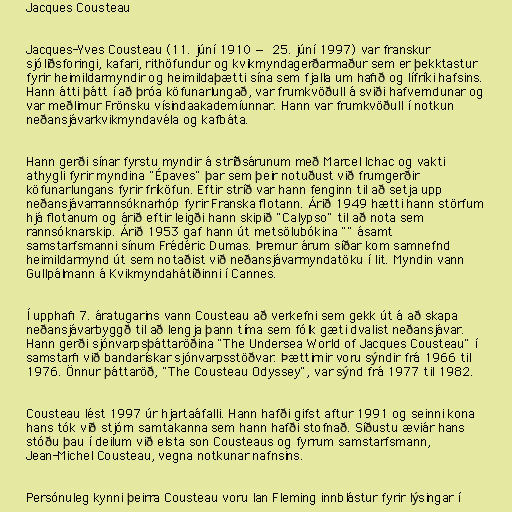
Jacques Cousteau

Jacques-Yves Cousteau (11. júní 1910 — 25. júní 1997) var franskur
sjóliðsforingi, kafari, rithöfundur og kvikmyndagerðarmaður sem er þekktastur
fyrir heimildarmyndir og heimildaþætti sína sem fjalla um hafið og lífríki hafsins.
Hann átti þátt í að þróa köfunarlungað, var frumkvöðull á sviði hafverndunar og
var meðlimur Frönsku vísindaakademíunnar. Hann var frumkvöðull í notkun
neðansjávarkvikmyndavéla og kafbáta.

Hann gerði sínar fyrstu myndir á stríðsárunum með Marcel Ichac og vakti
athygli fyrir myndina "Épaves" þar sem þeir notuðust við frumgerðir
köfunarlungans fyrir fríköfun. Eftir stríð var hann fenginn til að setja upp
neðansjávarrannsóknarhóp fyrir Franska flotann. Árið 1949 hætti hann störfum
hjá flotanum og árið eftir leigði hann skipið "Calypso" til að nota sem
rannsóknarskip. Árið 1953 gaf hann út metsölubókina "" ásamt
samstarfsmanni sínum Frédéric Dumas. Þremur árum síðar kom samnefnd
heimildarmynd út sem notaðist við neðansjávarmyndatöku í lit. Myndin vann
Gullpálmann á Kvikmyndahátíðinni í Cannes.

Í upphafi 7. áratugarins vann Cousteau að verkefni sem gekk út á að skapa
neðansjávarbyggð til að lengja þann tíma sem fólk gæti dvalist neðansjávar.
Hann gerði sjónvarpsþáttaröðina "The Undersea World of Jacques Cousteau" í
samstarfi við bandarískar sjónvarpsstöðvar. Þættirnir voru sýndir frá 1966 til
1976. Önnur þáttaröð, "The Cousteau Odyssey", var sýnd frá 1977 til 1982.

Cousteau lést 1997 úr hjartaáfalli. Hann hafði gifst aftur 1991 og seinni kona
hans tók við stjórn samtakanna sem hann hafði stofnað. Síðustu æviár hans
stóðu þau í deilum við elsta son Cousteaus og fyrrum samstarfsmann,
Jean-Michel Cousteau, vegna notkunar nafnsins.

Persónuleg kynni þeirra Cousteau voru Ian Fleming innblástur fyrir lýsingar í